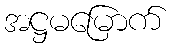
အဋ္ဌမမြောက်